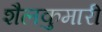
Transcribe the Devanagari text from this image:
शैलकुमारी